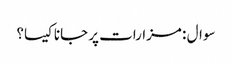
سوال : مزارات پر جانا کیسا؟